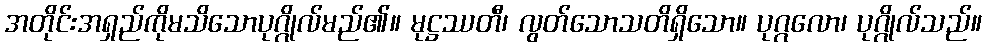
အတိုင်းအရှည်ကိုမသိသောပုဂ္ဂိုလ်မည်၏။ မုဋ္ဌဿတီ၊ လွတ်သောသတိရှိသော။ ပုဂ္ဂလော၊ ပုဂ္ဂိုလ်သည်။